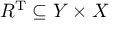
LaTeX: R ^ { \mathrm { T } } \subseteq Y \times X